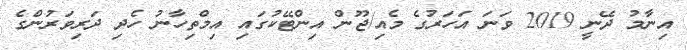
އިނާމު ދޭނީ 2019 ވަނަ އަހަރުގެ މެއި/ޖޫން އިންޓޭކުގައި އިމްތިހާނު ހެދި ދަރިވަރުންގެ